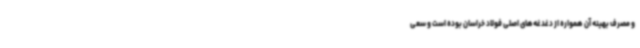
و مصرف بهینه آن همواره از دغدغه‌های اصلی فولاد خراسان بوده است و سعی